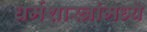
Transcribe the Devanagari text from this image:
धर्मशास्त्रांमध्ये